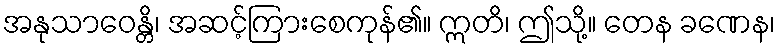
အနုသာဝေန္တိ၊ အဆင့်ကြားစေကုန်၏။ ဣတိ၊ ဤသို့။ တေန ခဏေန၊